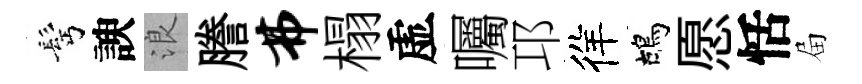
髩諛浪謄弗榻虚囑邛徉鴣愿恬屇